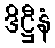
ဒိဋ္ဌီနံ